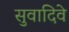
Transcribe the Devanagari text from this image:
सुवादिवे